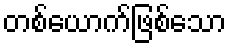
တစ်ယောက်ဖြစ်သော